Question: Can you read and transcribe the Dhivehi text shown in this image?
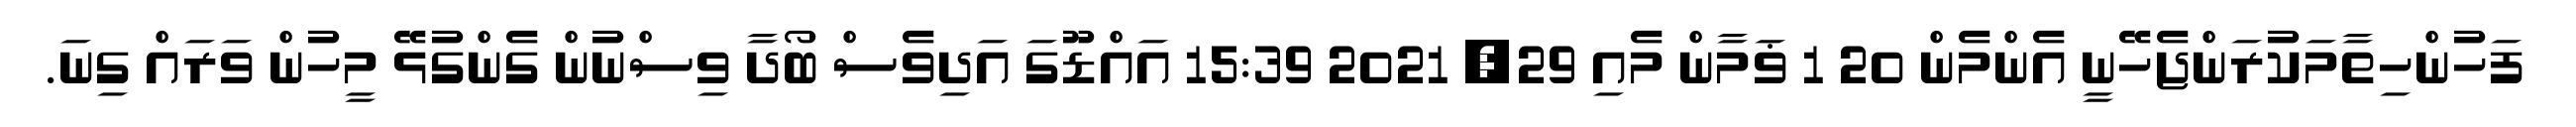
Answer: ފަހުންހިތާމަކުރަންޖެހޭނީ އެންމެން 20 1 ޥަމާން މެއި 29, 2021 15:39 އައްޑޫގަ އަދިވެސް ބޯދާ ވިސްނުން ގެންގުޅޭ މީހުން ވަރައް ގިނަ.